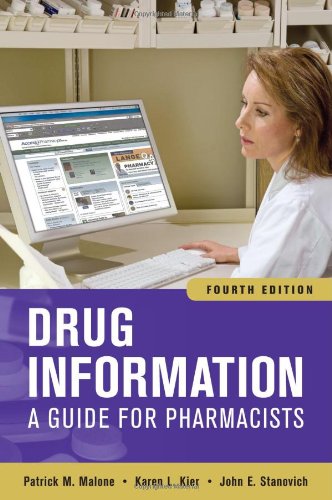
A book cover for Drug Information: A Guide for Pharmacists, Fourth Edition (Drug Information (McGraw-Hill)); Patrick Malone; Medical Books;